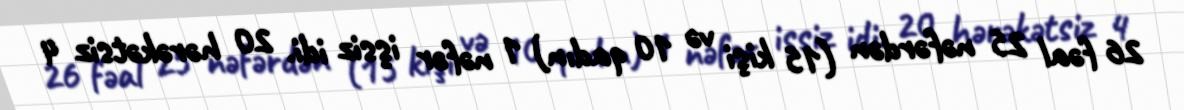
26 fəal 25 nəfərdən (15 kişi və 10 qadın) 1 nəfər işsiz idi. 20 hərəkətsiz 4